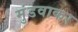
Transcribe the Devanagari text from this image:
मुंडवाकर